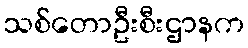
သစ်တောဦးစီးဌာနက